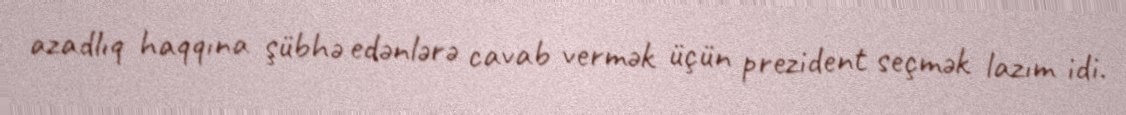
azadlıq haqqına şübhə edənlərə cavab vermək üçün prezident seçmək lazım idi.